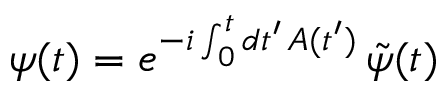
\psi ( t ) = e ^ { - i \int _ { 0 } ^ { t } d t ^ { \prime } \, A ( t ^ { \prime } ) } \, \tilde { \psi } ( t )